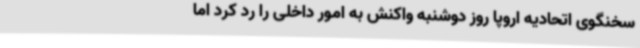
سخنگوی اتحادیه اروپا روز دوشنبه واکنش به امور داخلی را رد کرد اما